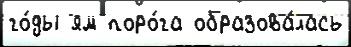
го́ды ям поро́га образова́лась